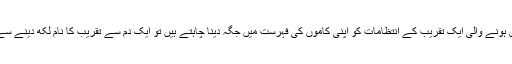
مثلاً اگر آپ گھر میں ہونے والی ایک تقریب کے انتظامات کو اپنی کاموں کی فہرست میں جگہ دینا چاہتے ہیں تو ایک دم سے تقریب کا نام لکھ دینے سے بات نہیں بنے گی۔